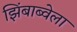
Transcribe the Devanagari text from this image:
झिंबाब्वेला